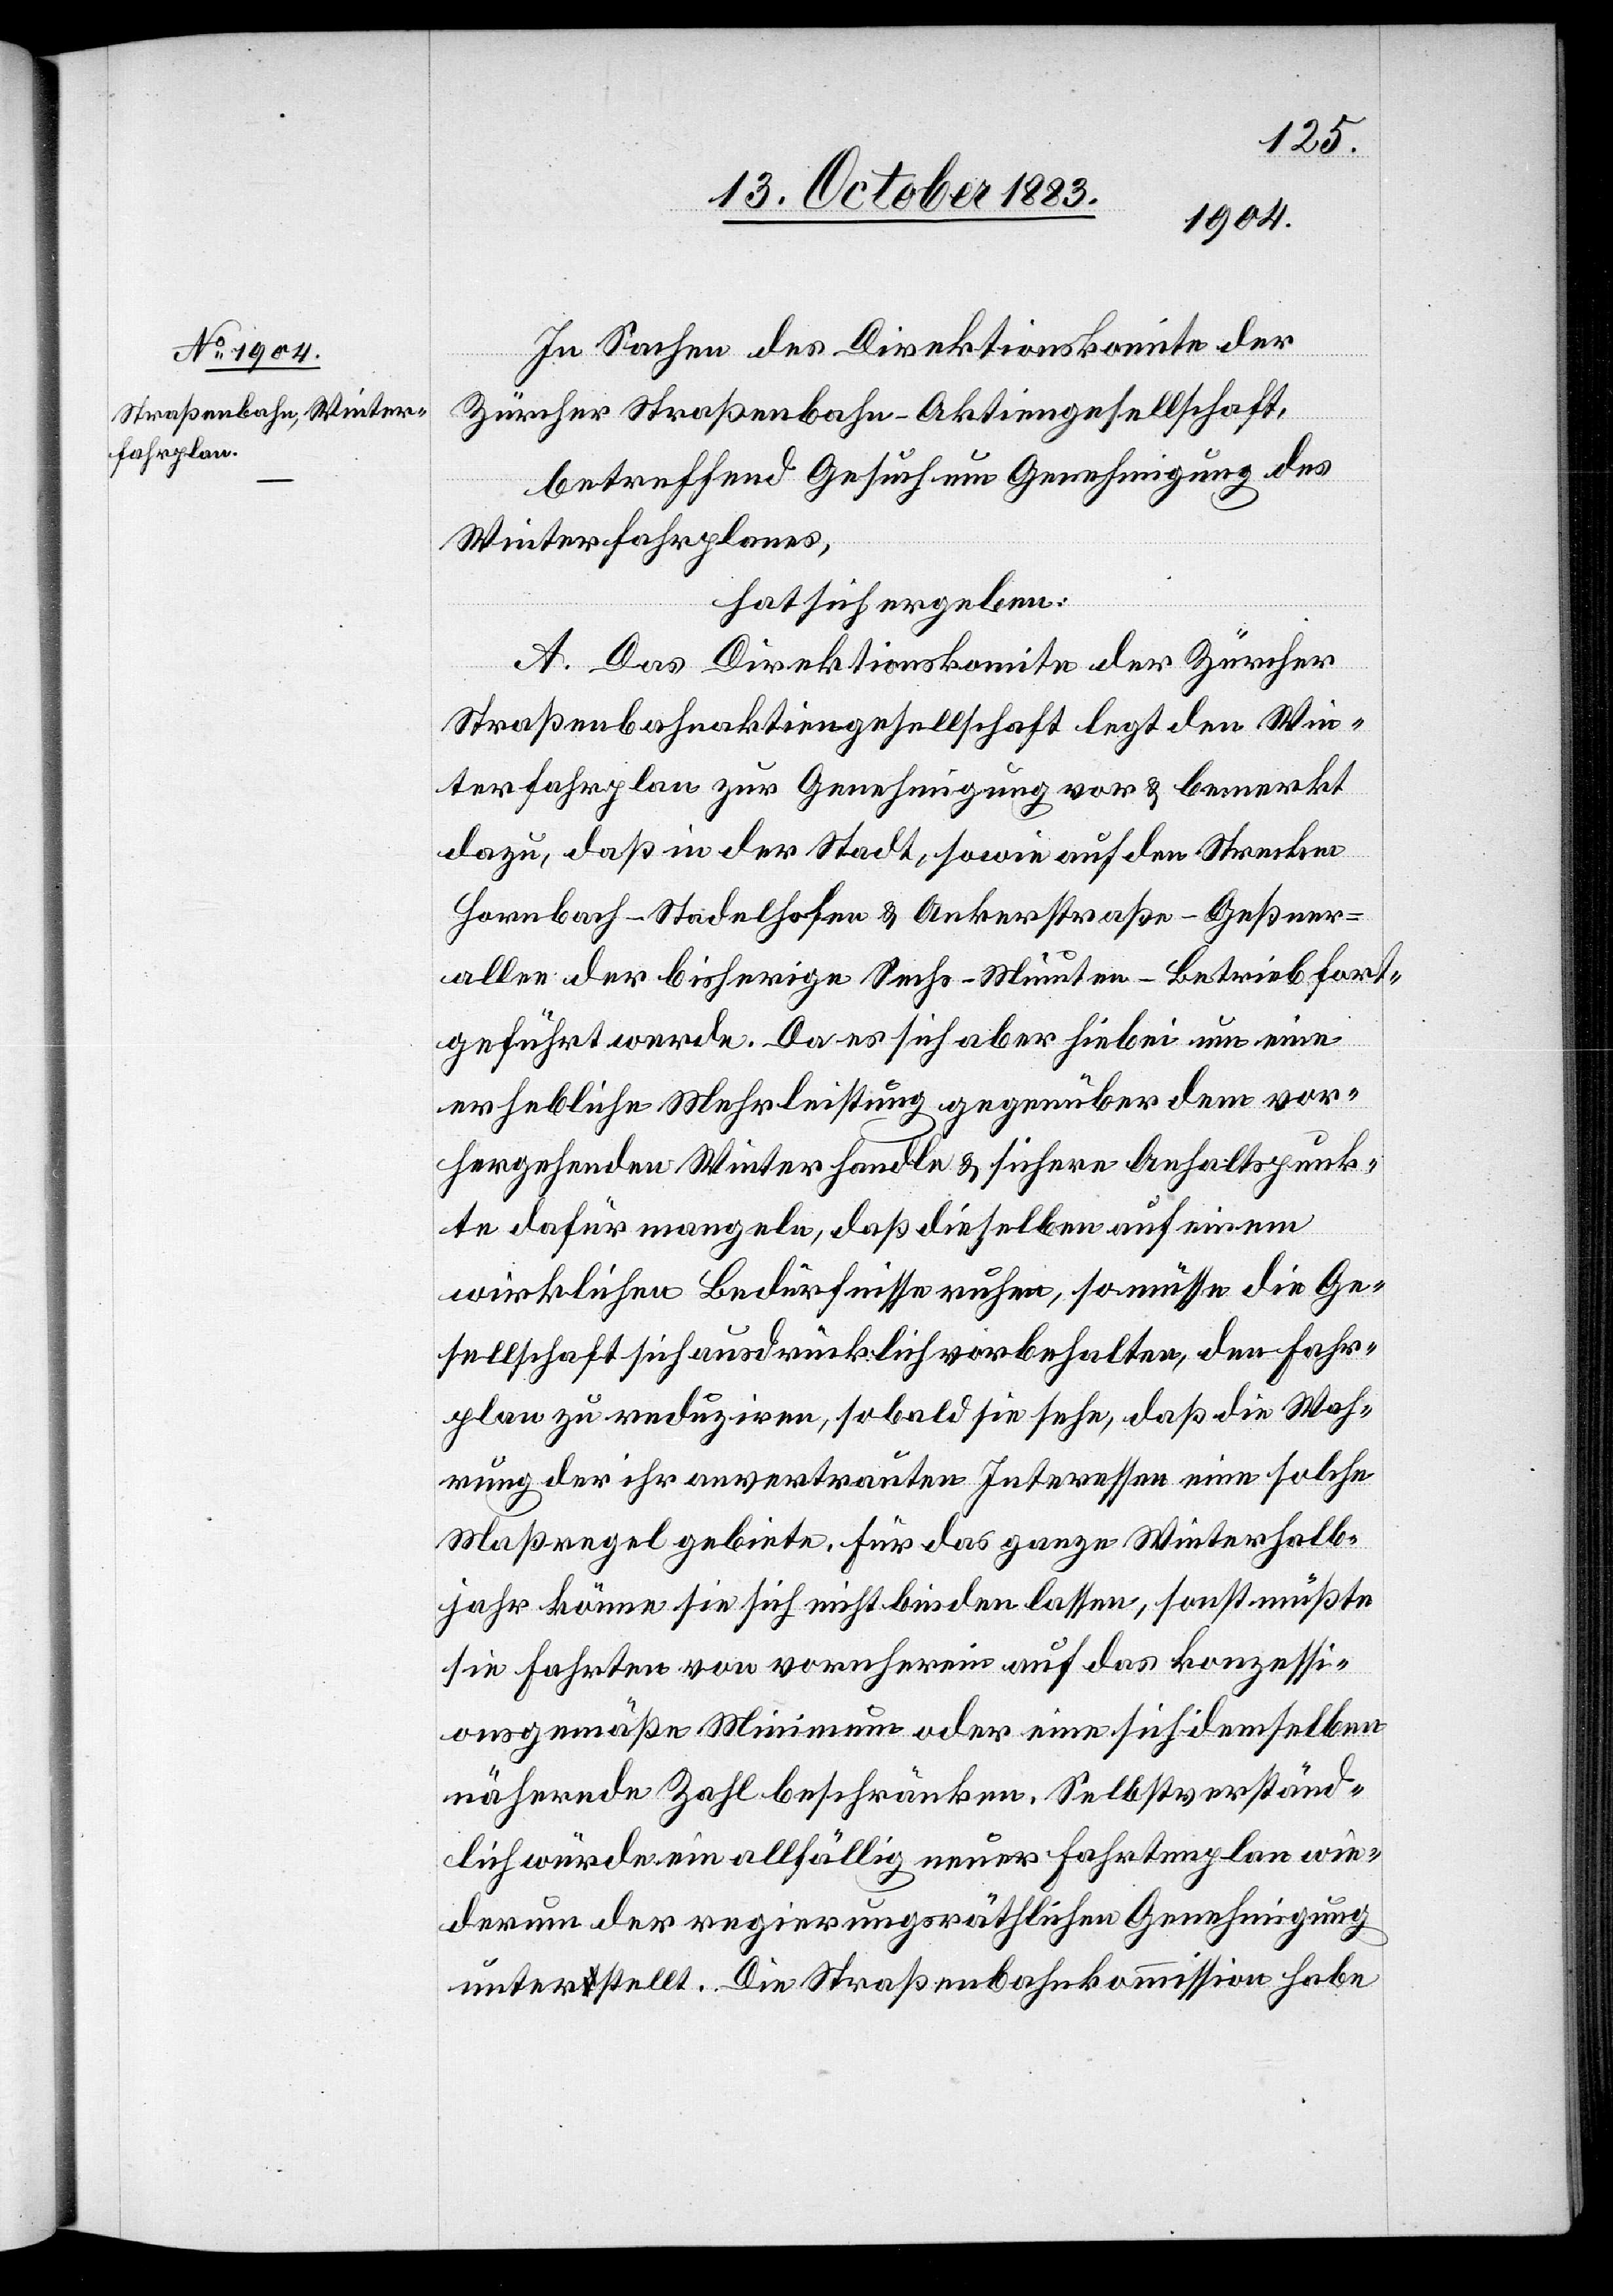
In Sachen des Direktionskomite der
Zürcher Straßenbahn-Aktiengesellschaft,
betreffend Gesuch um Genehmigung des
Winterfahrtenplanes,
hat sich ergeben:
A. Das Direktionskomite der Zürcher
Straßenbahnaktiengesellschaft legt den Win¬
terfahrplan zur Genehmigung vor & bemerkt
dazu, daß in der Stadt, sowie auf den Strecken
Hornbach–Stadelhofen & Ankerstraße–Geßner¬
allee der bisherige Sechs-Minuten-Betrieb fort¬
geführt werde. Da es sich aber hiebei um eine
erhebliche Mehrleistung gegenüber dem vor¬
hergehenden Winter handle & sichere Anhaltspunk¬
te dafür mangeln, daß dieselben auf einem
wirklichen Bedürfnisse ruhen, so müsse die Ge¬
sellschaft sich ausdrücklich vorbehalten, den Fahr¬
plan zu reduziren, sobald sie sehe, daß die Wah¬
rung der ihr anvertrauten Interessen eine solche
Maßregel gebiete. Für das ganze Winterhalb¬
jahr könne sie sich nicht binden lassen, sonst müßte
sie Fahrten von vornherein auf das konzessi¬
onsgemäße Minimum oder eine sich demselben
nähernde Zahl beschränken. Selbstverständ¬
lich würde ein allfällig neuer Fahrtenplan wie¬
derum der regierungsräthlichen Genehmigung
unterstellt. Die Straßenbahnkommission habe